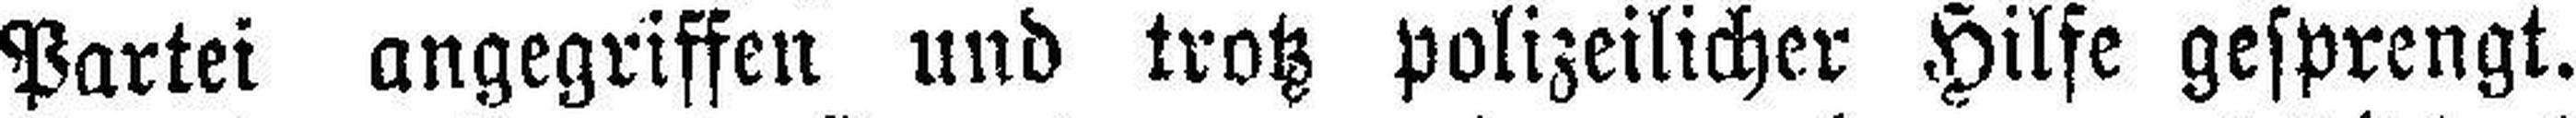
Partei angegriffen und trotz polizeilicher Hilfe gesprengt.